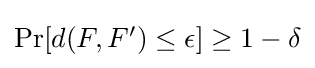
\textstyle \Pr[d(F,F')\leq \epsilon ]\geq 1-\delta